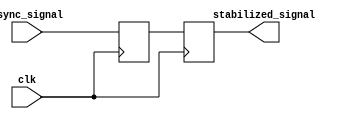
module two_ff_metastability_detector (
    input wire async_signal,  // Asynchronous input signal
    input wire clk,           // Synchronous clock signal
    output reg stabilized_signal // Stabilized output signal
);

    // Internal signals for the flip-flops
    reg ff1; // Output of the first flip-flop

    // First flip-flop (FF1) to capture the asynchronous signal
    always @(posedge clk) begin
        ff1 <= async_signal; // Capture async_signal on the rising edge of clk
    end

    // Second flip-flop (FF2) to capture the output of FF1
    always @(posedge clk) begin
        stabilized_signal <= ff1; // Capture the output of FF1 on the next rising edge of clk
    end

endmodule